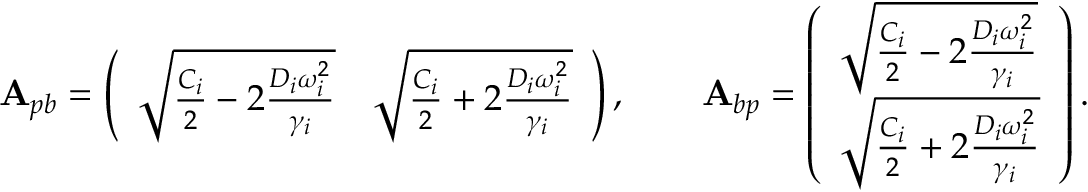
\mathbf { A } _ { p b } = \left( \begin{array} { l l } { \sqrt { \frac { C _ { i } } { 2 } - 2 \frac { D _ { i } \omega _ { i } ^ { 2 } } { \gamma _ { i } } } } & { \sqrt { \frac { C _ { i } } { 2 } + 2 \frac { D _ { i } \omega _ { i } ^ { 2 } } { \gamma _ { i } } } } \end{array} \right) , \qquad \mathbf { A } _ { b p } = \left( \begin{array} { l } { \sqrt { \frac { C _ { i } } { 2 } - 2 \frac { D _ { i } \omega _ { i } ^ { 2 } } { \gamma _ { i } } } } \\ { \sqrt { \frac { C _ { i } } { 2 } + 2 \frac { D _ { i } \omega _ { i } ^ { 2 } } { \gamma _ { i } } } } \end{array} \right) .